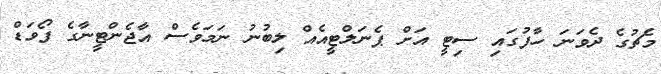
މެޗުގެ ދެވަނަ ހާފުގައި ސިޓީ އަށް ޕެނަލްޓީއެއް ލިބުނު ނަމަވެސް އާޖެންޓީނާގެ ފޯވަޑް